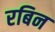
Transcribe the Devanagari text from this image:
रबिन